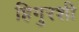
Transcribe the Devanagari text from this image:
हिगुरशी